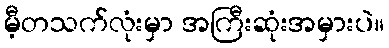
မီ့တသက်လုံးမှာ အကြီးဆုံးအမှားပဲ။